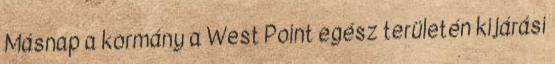
Másnap a kormány a West Point egész területén kijárási